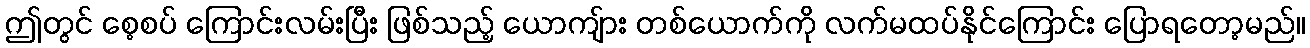
ဤတွင် စေ့စပ် ကြောင်းလမ်းပြီး ဖြစ်သည့် ယောကျ်ား တစ်ယောက်ကို လက်မထပ်နိုင်ကြောင်း ပြောရတော့မည်။